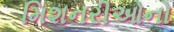
મિશનરીઓનો